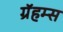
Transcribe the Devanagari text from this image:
ग्रॅहम्स